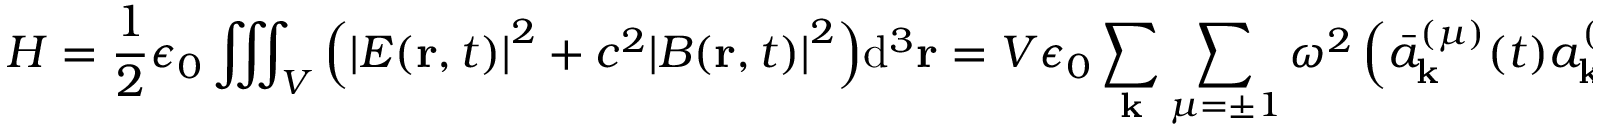
H = { \frac { 1 } { 2 } } \epsilon _ { 0 } \iiint _ { V } { \left( { { \left| E ( \mathbf { r } , t ) \right| } ^ { 2 } } + { { c } ^ { 2 } } { { \left| B ( \mathbf { r } , t ) \right| } ^ { 2 } } \right) } { { \mathrm { d } } ^ { 3 } } \mathbf { r } = V \epsilon _ { 0 } \sum _ { \mathbf { k } } \sum _ { \mu = \pm 1 } \omega ^ { 2 } \left( { \bar { a } } _ { \mathbf { k } } ^ { ( \mu ) } ( t ) a _ { \mathbf { k } } ^ { ( \mu ) } ( t ) + a _ { \mathbf { k } } ^ { ( \mu ) } ( t ) { \bar { a } } _ { \mathbf { k } } ^ { ( \mu ) } ( t ) \right) .